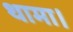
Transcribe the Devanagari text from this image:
थामा।